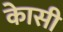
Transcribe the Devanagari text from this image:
काेसी